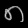
Digit: ၈